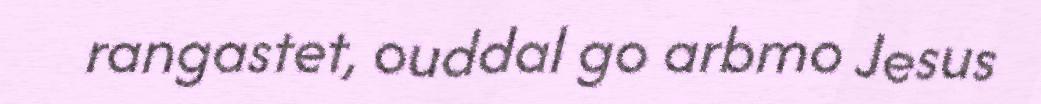
rangastet, ouddal go arbmo Jesus